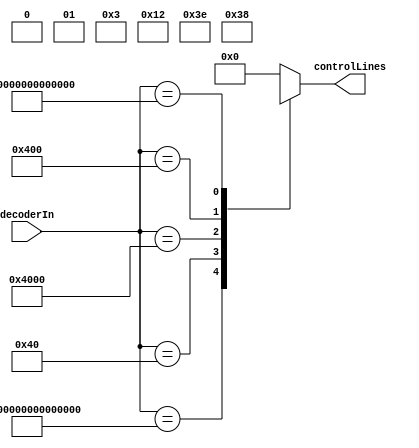
module controlrom (decoderIn, controlLines);
//Performance cost: #8 gates deep + 1 for wire saturation
	input [63:00] decoderIn;
	output reg [6:00] controlLines;

//whenever the decoderIn variable changes, do this
always @ (decoderIn) begin
	case (decoderIn)
	//ADD Instruction
		64'b0100000000000000000000000000000000000000000000000000000000000000:controlLines <= 7'b111000x;
	//NOR Instruction
		64'b0000000000000000000000000000000000000000000000000000000001000000:controlLines <= 7'b111110x;
	//LW Instruction
		64'b0000000000000000000000000000000000000000000000000100000000000000:controlLines <= 7'b0010010;
	//SW Instruction
		64'b0000000000000000000000000000000000000000000000000000010000000000:controlLines <= 7'bxx00011;
	//BEQ Instruction
		64'b0000000010000000000000000000000000000000000000000000000000000000:controlLines <= 7'bxx01x0x;

		default: controlLines <= 7'b0000000;
	endcase
end
endmodule // controlrom